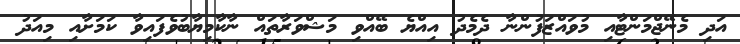
އަދި މެނޭޖްމަންޓާއި މުވައްޒަފުންނާ ދެމެދު އިއްޔެ ބޭއްވި މަޝްވަރާތައް ނާކާމިޔާބުވެފައިވާ ކަމަށާއި މިއަދު